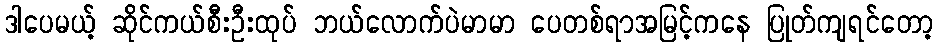
ဒါပေမယ့် ဆိုင်ကယ်စီးဦးထုပ် ဘယ်လောက်ပဲမာမာ ပေတစ်ရာအမြင့်ကနေ ပြုတ်ကျရင်တော့